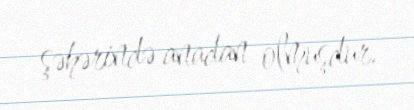
şəhərində anadan olmuşdur.